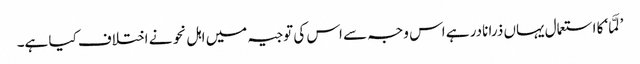
’لَمَّا‘ کا استعمال یہاں ذرا نادر ہے اس وجہ سے اس کی توجیہ میں اہل نحو نے اختلاف کیا ہے۔